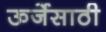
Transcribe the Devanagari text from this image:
ऊर्जेसाठी